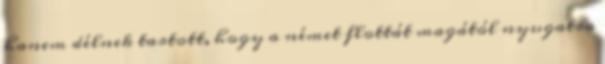
hanem délnek tartott, hogy a német flottát magától nyugatra